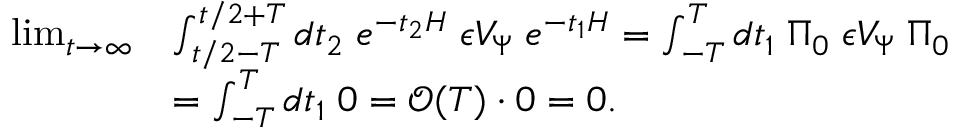
\begin{array} { r l } { \operatorname* { l i m } _ { t \to \infty } } & { \int _ { t / 2 - T } ^ { t / 2 + T } d t _ { 2 } \; e ^ { - t _ { 2 } H } \; { \epsilon } V _ { \Psi } \; e ^ { - t _ { 1 } H } = \int _ { - T } ^ { T } d t _ { 1 } \; \Pi _ { 0 } \; { \epsilon } V _ { \Psi } \; \Pi _ { 0 } } \\ & { = \int _ { - T } ^ { T } d t _ { 1 } \; 0 = \mathcal { O } ( T ) \cdot 0 = 0 . } \end{array}